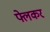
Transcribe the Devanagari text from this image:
फ्लेकर